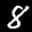
Label: 8